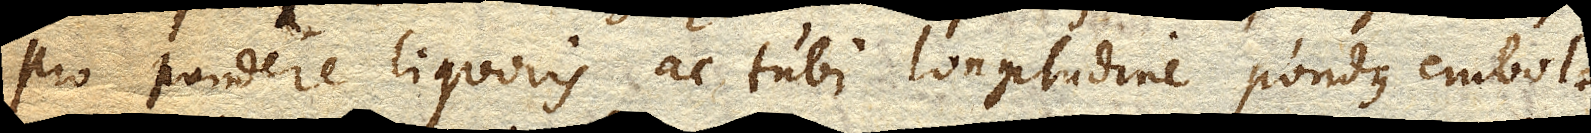
pro pondere liquoris ac tubi longitudine pondus embolo